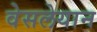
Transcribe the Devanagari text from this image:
वेसलेयान